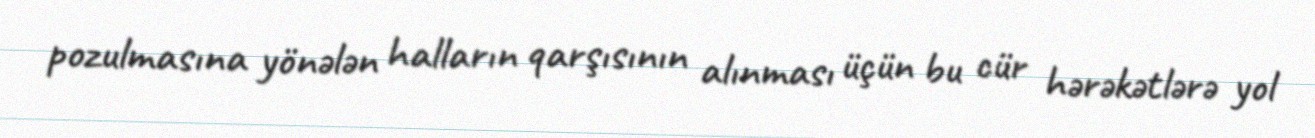
pozulmasına yönələn halların qarşısının alınması üçün bu cür hərəkətlərə yol